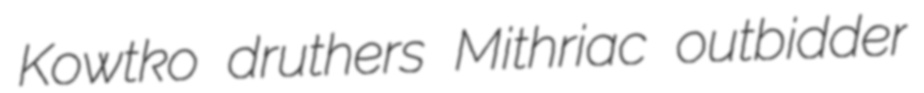
Kowtko druthers Mithriac outbidder